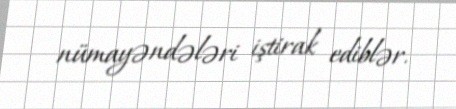
nümayəndələri iştirak ediblər.